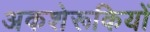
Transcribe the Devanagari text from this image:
अकशेरूकियों